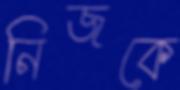
নিজকে